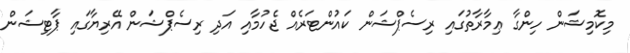
މިކޮމިޝަން ހިންގާ ޢިމާރާތުގައި ރިސެޕްޝަން ކައުންޓަރެއް ޖެހުމާއި އަދި ރިސެޕްޝަން އޭރިޔާގައި ޕާޓިޝަން